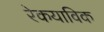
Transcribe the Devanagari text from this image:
रेकयाविक